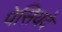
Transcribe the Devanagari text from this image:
पेसियदे